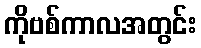
ကိုဗစ်ကာလအတွင်း